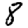
Digit: 8